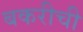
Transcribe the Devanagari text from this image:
बकरीची